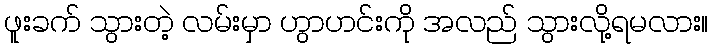
ဖူးခက် သွားတဲ့ လမ်းမှာ ဟွာဟင်းကို အလည် သွားလို့ရမလား။